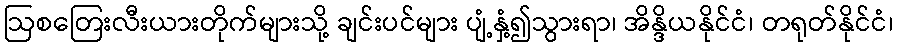
ဩစတြေးလီးယားတိုက်များသို့ ချင်းပင်များ ပျံ့နှံ့၍သွားရာ၊ အိန္ဒိယနိုင်ငံ၊ တရုတ်နိုင်ငံ၊